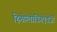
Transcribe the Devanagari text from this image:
हिमोग्लोबिनऐवजी